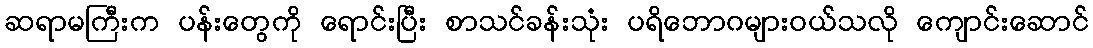
ဆရာမကြီးက ပန်းတွေကို ရောင်းပြီး စာသင်ခန်းသုံး ပရိဘောဂများဝယ်သလို ကျောင်းဆောင်